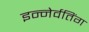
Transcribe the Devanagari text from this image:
इन्नेर्वतिंग